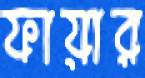
ফায়ার